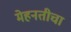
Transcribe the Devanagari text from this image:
मेहनतीचा